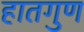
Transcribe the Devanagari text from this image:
हातगुण